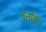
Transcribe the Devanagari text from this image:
बनॉस